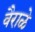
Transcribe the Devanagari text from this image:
वैराळे